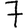
Digit: 7